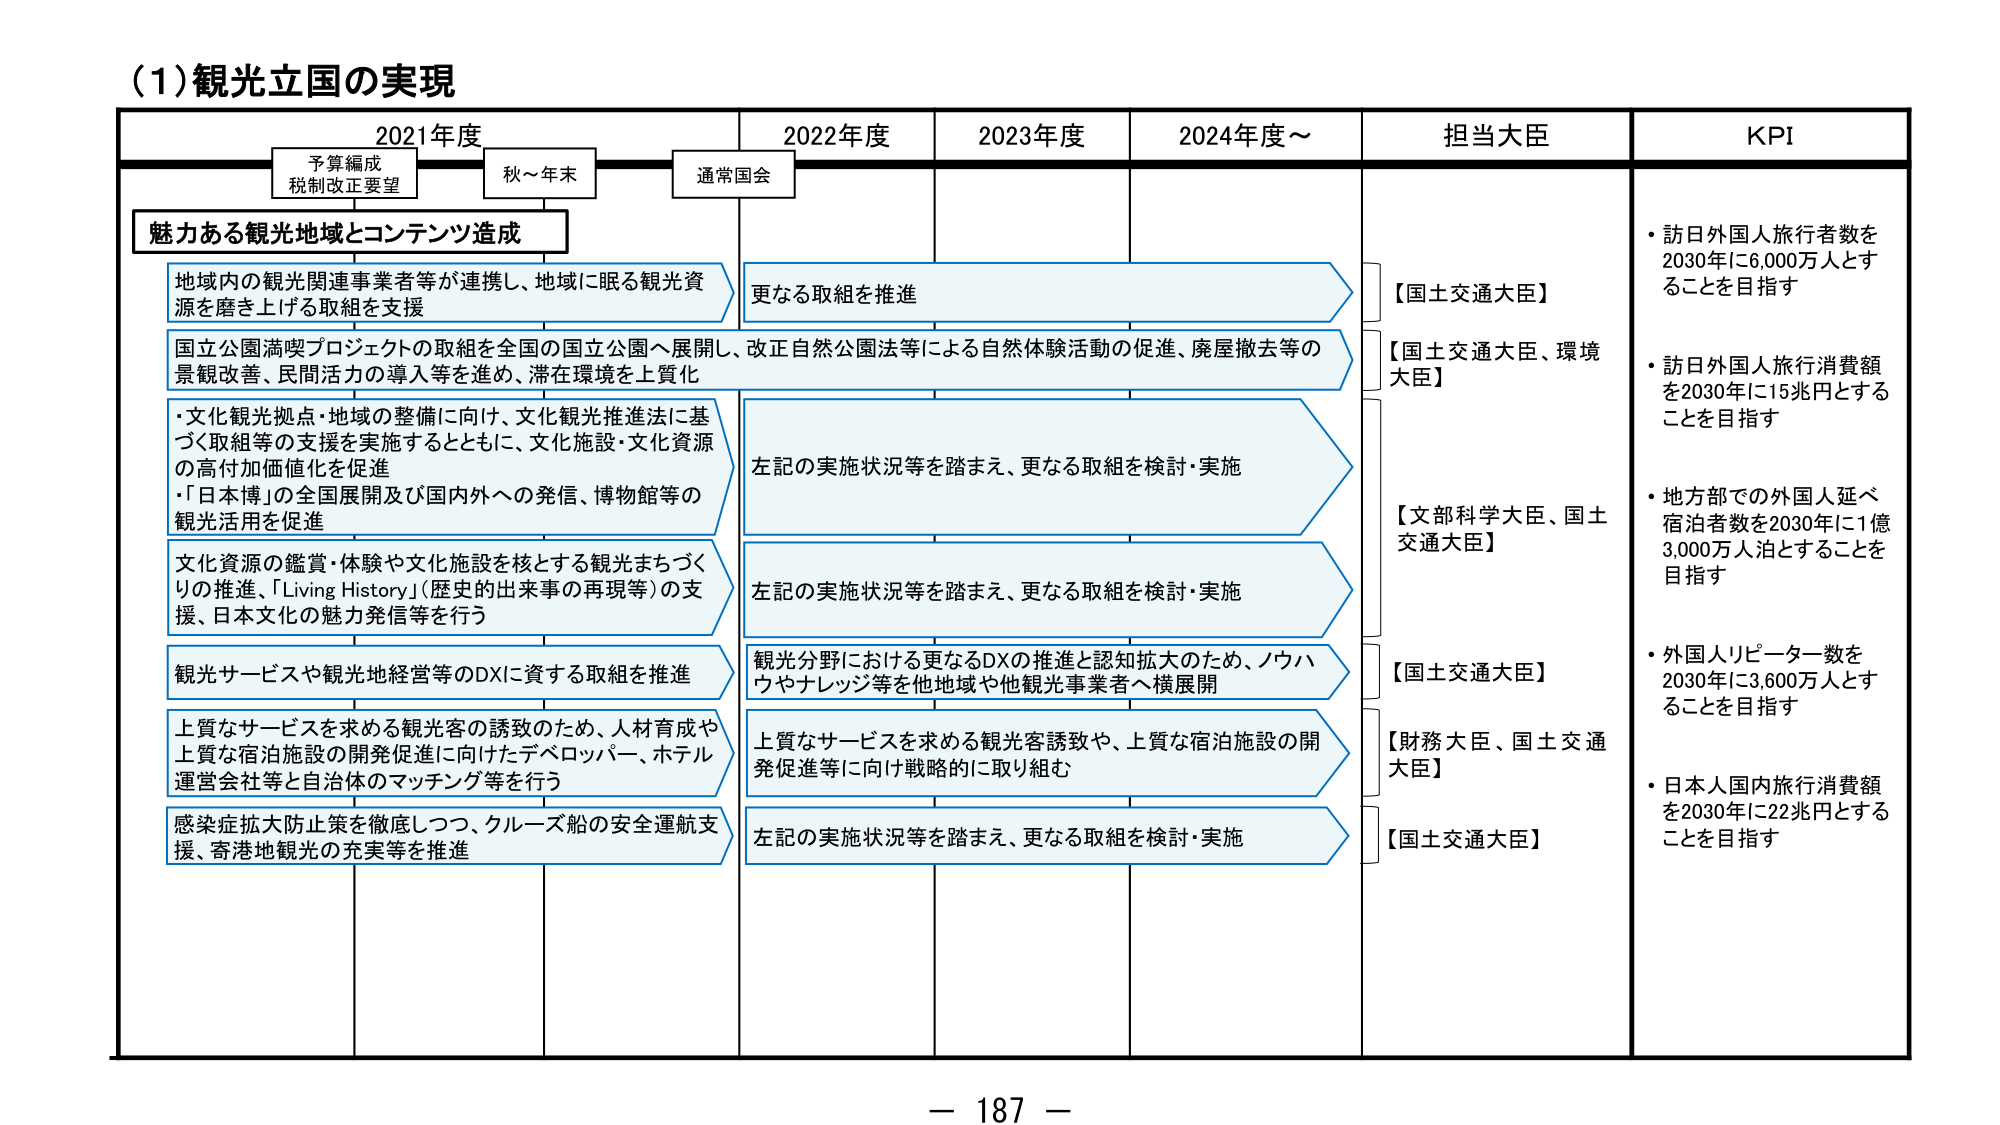
(1) 観光立国の実現

2021年度
予算編成
税制改正要望
秋～年末
通常国会

2022年度
2023年度
2024年度～

担当大臣
KPI

魅力ある観光地域とコンテンツ造成

地域内の観光関連事業者等が連携し、地域に眠る観光資源を磨き上げる取組を支援

国立公園満喫プロジェクトの取組を全国の国立公園へ展開し、改正自然公園法等による自然体験活動の促進、廃屋撤去等の景観改善、民間活力の導入等を進め、滞在環境を上質化

・文化観光拠点・地域の整備に向け、文化観光推進法に基づく取組等の支援を実施するとともに、文化施設・文化資源の高付加価値化を促進
・「日本博」の全国展開及び国内外への発信、博物館等の観光活用を促進

文化資源の鑑賞・体験や文化施設を核とする観光まちづくりの推進、「Living History」（歴史的出来事の再現等）の支援、日本文化の魅力発信等を行う

観光サービスや観光地経営等のDXに資する取組を推進

上質なサービスを求める観光客の誘致のため、人材育成や上質な宿泊施設の開発促進に向けたデベロッパー、ホテル運営会社等と自治体のマッチング等を行う

感染症拡大防止策を徹底しつつ、クルーズ船の安全運航支援、寄港地観光の充実等を推進

更なる取組を推進

左記の実施状況等を踏まえ、更なる取組を検討・実施

左記の実施状況等を踏まえ、更なる取組を検討・実施

観光分野における更なるDXの推進と認知拡大のため、ノウハウやナレッジ等を他地域や他観光事業者へ横展開

上質なサービスを求める観光客誘致や、上質な宿泊施設の開発促進等に向け戦略的に取り組む

左記の実施状況等を踏まえ、更なる取組を検討・実施

【国土交通大臣】
【国土交通大臣、環境大臣】
【文部科学大臣、国土交通大臣】
【国土交通大臣】
【財務大臣、国土交通大臣】
【国土交通大臣】

・訪日外国人旅行者数を2030年に6,000万人とすることを目指す
・訪日外国人旅行消費額を2030年に15兆円とすることを目指す
・地方部での外国人延べ宿泊者数を2030年に1億3,000万人泊とすることを目指す
・外国人リピーター数を2030年に3,600万人とすることを目指す
・日本人国内旅行消費額を2030年に22兆円とすることを目指す

－ 187 －